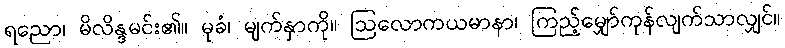
ရညော၊ မိလိန္ဒမင်း၏။ မုခံ၊ မျက်နှာကို။ ဩလောကယမာနာ၊ ကြည့်မျှော်ကုန်လျက်သာလျှင်။